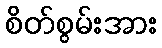
စိတ်စွမ်းအား